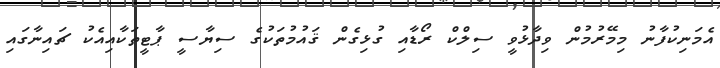
އެމަނިކުފާނު މިމޭރުމުން ވިދާޅުވީ ސިލްކް ރޯޑާއި ގުޅިގެން ޤައުމުތަކުގެ ސިޔާސީ ޕާޓީތަކާއިއެކު ޗައިނާގައި